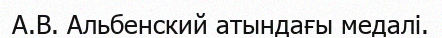
А.В. Альбенский атындағы медалі.